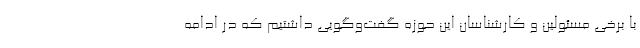
با برخی مسئولین و کارشناسان این حوزه گفت‌وگویی داشتیم که در ادامه